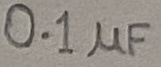
Text: 0.1µF